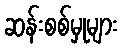
ဆန်းစစ်မှုများ